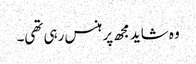
وہ شاید مجھ پر ہنس رہی تھی۔